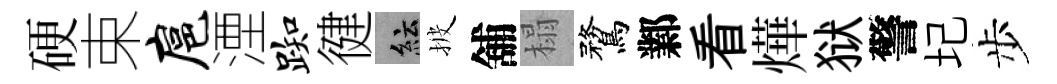
硬束扈湮踟徤紜披舖榻鶩鄴看燁狱警圮步